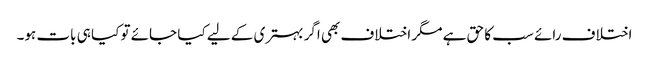
اختلاف رائے سب کا حق ہے مگر اختلاف بھی اگر بہتری کے لیے کیا جائے تو کیا ہی بات ہو۔